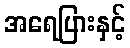
အရေပြားနှင့်